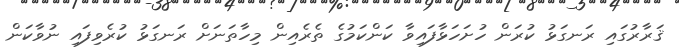
ޤަރާރުގައި ރަނގަޅު ކުރަން ހުށަހަޅާފައިވާ ކަންކަމުގެ ތެރެއިން މިހާތަނަށް ރަނގަޅު ކުރެވިފައި ނުވާކަން